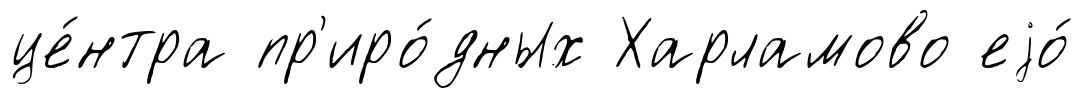
це́нтра пр'иро́дных Харламово еjо́